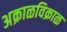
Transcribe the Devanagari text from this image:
अक्राळविक्राळ